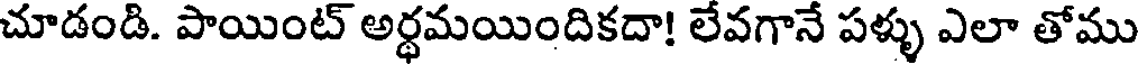
చూడండి. పాయింట్ అర్థమయిందికదా! లేవగానే పళ్ళు ఎలా తోము